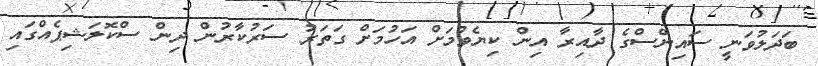
ބަދަލުވަނީ ސައިންސްގެ ދާއިރާ އިން ކިޔެވުމަށް އަހުމަށް ގަތަރު ސަރުކާރުން ދިން ސްކޮލަޝިޕެއްގައި